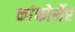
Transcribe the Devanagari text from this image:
कांफोर्मेर